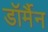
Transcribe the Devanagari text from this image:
डॉर्मैन